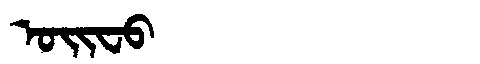
Manchu: ᠣᡳᠸᠣ
Romanization: OIFO